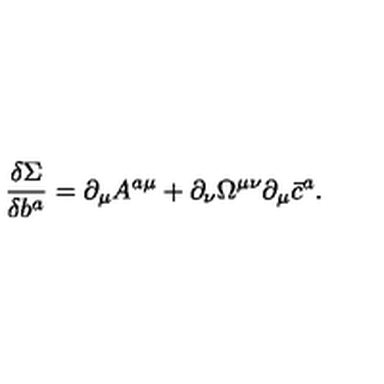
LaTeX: \frac { \delta \Sigma } { \delta b ^ { a } } = \partial _ { \mu } A ^ { a \mu } + \partial _ { \nu } \Omega ^ { \mu \nu } \partial _ { \mu } \bar { c } ^ { a } .